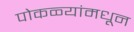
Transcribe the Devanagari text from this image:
पोकळ्यांमधून